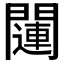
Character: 𲈱